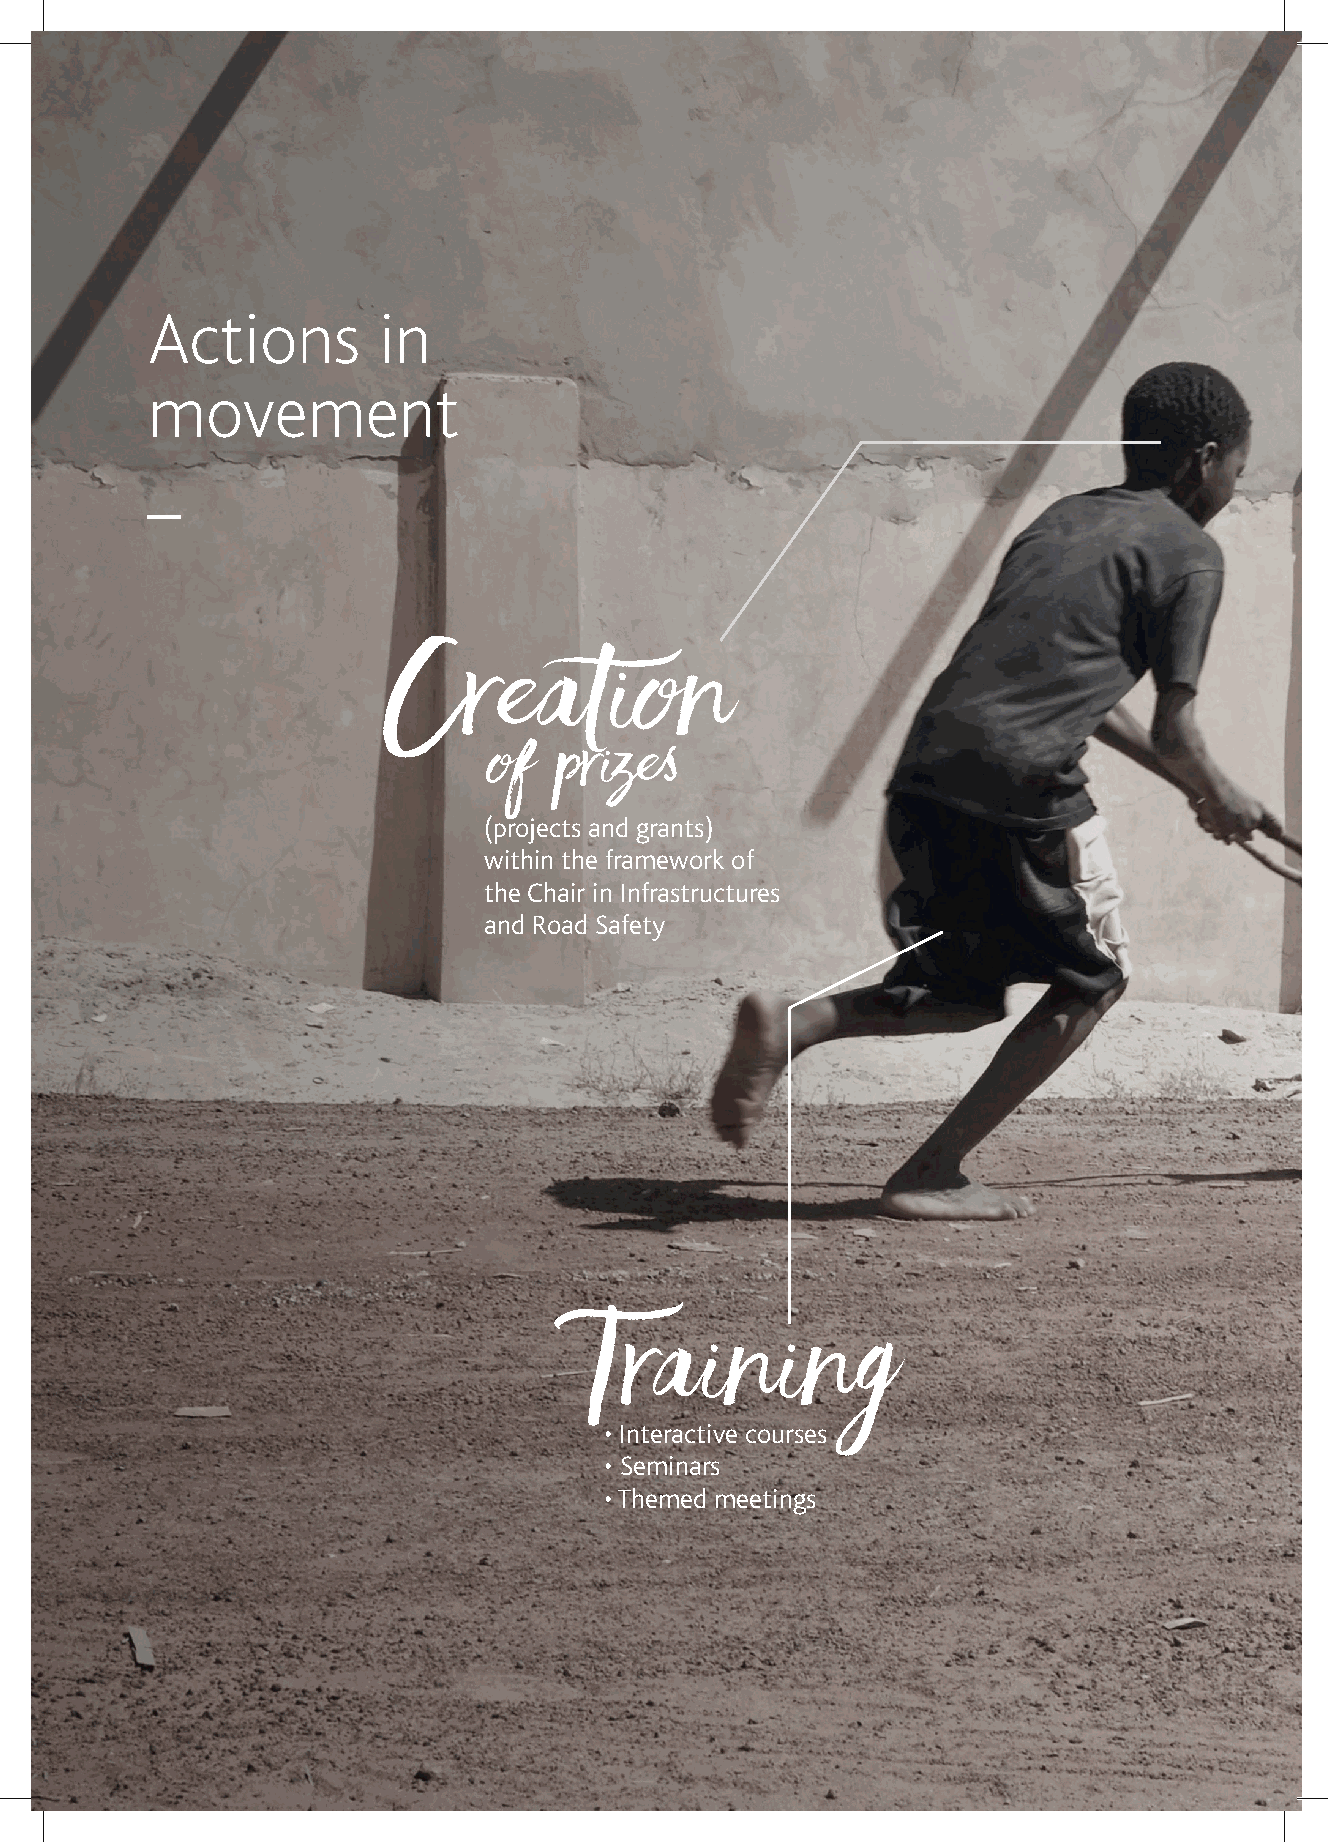
Actions        in
 movement
 _
 Creation
 of   prize
 (projects and grants)
 within the framework of
 the Chair in Infrastructures
 and Road Safety
 Training
 • Interactive courses
 • Seminars
 • Themed meetings